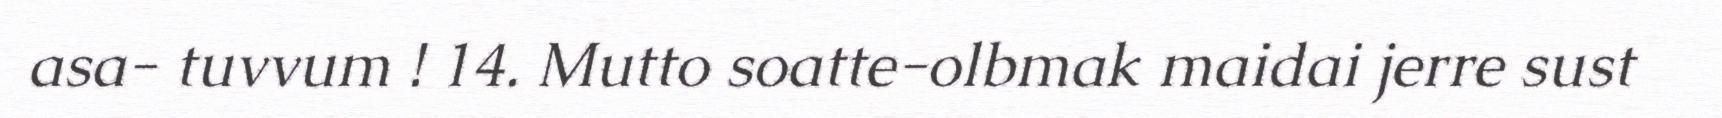
asa- tuvvum ! 14. Mutto soatte-olbmak maidai jerre sust